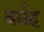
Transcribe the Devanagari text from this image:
बर्मह